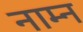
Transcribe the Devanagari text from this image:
नाम्न